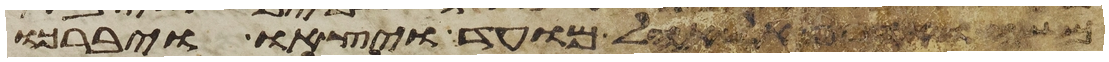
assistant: משה ואהרן אל אהל מועד ויצאו ויברכו